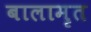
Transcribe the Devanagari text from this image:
बालामृत